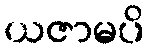
ယဇာမပိ